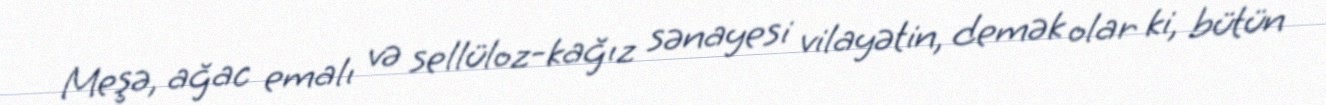
Meşə, ağac emalı və sellüloz-kağız sənayesi vilayətin, demək olar ki, bütün